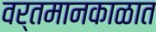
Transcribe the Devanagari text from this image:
वर्तमानकाळात